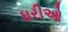
ધરીઓ